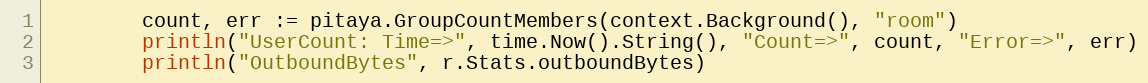
Language: Go
		count, err := pitaya.GroupCountMembers(context.Background(), "room")
		println("UserCount: Time=>", time.Now().String(), "Count=>", count, "Error=>", err)
		println("OutboundBytes", r.Stats.outboundBytes)